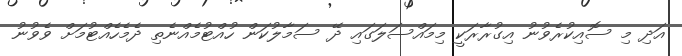
އަދި މި ސޮއިކުރެވުނު އިގުރާރަކީ މިމައްސަލަގައި ދޭ ސަމާލުކަން ހުއްޓުމެއްނެތި ދެމެހެއްޓުމަށް ވެވުނު